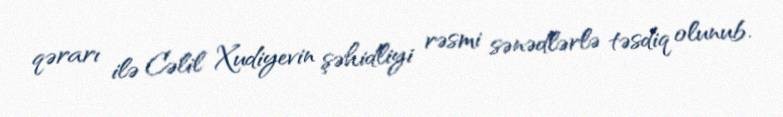
qərarı ilə Cəlil Xudiyevin şəhidliyi rəsmi sənədlərlə təsdiq olunub.